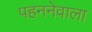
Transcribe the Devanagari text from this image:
पहननेवाला